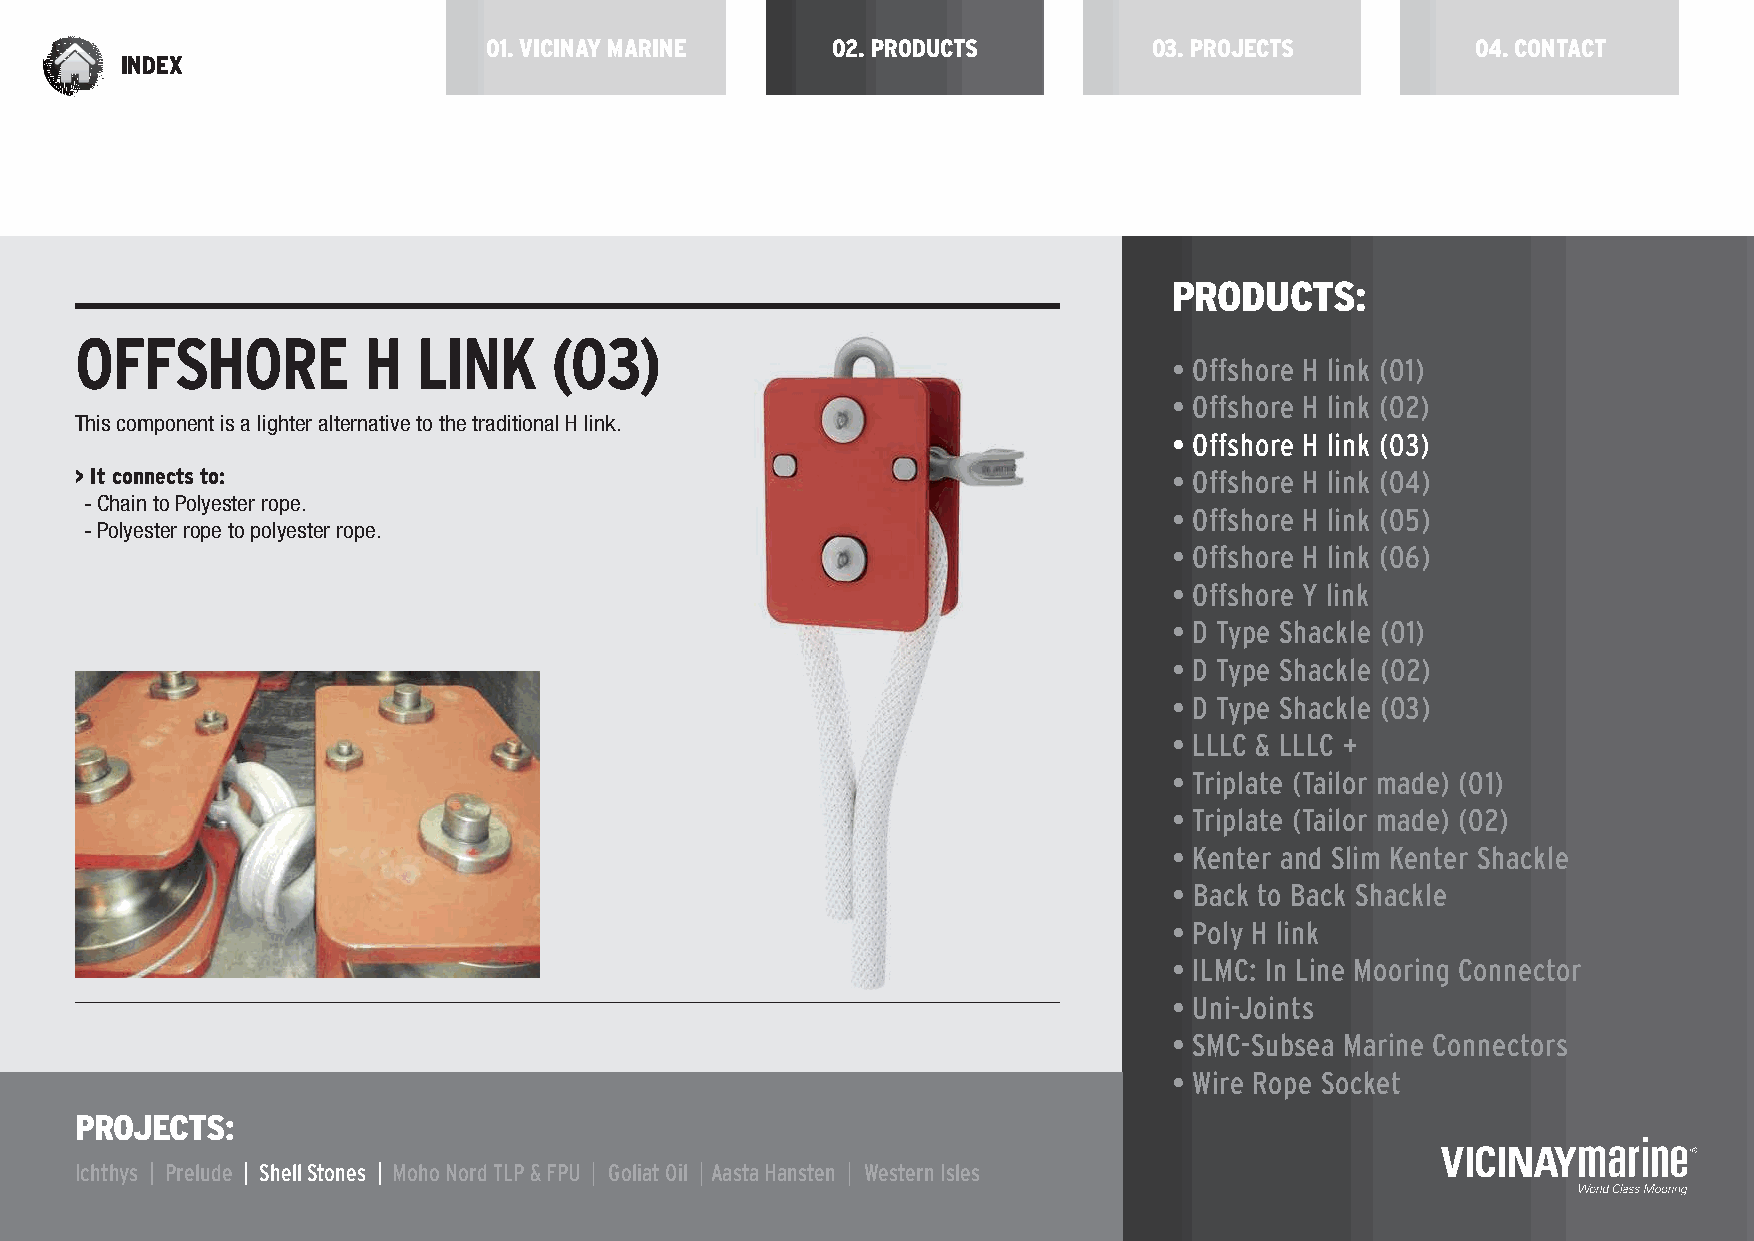
01. VICINAY MARINE     02. PRODUCTS         03. PROJECTS          04. CONTACT
 INDEX
 PRODUCTS:
 OFFSHORE           H   LINK    (03)
 • Offshore H link (01)
 • Offshore H link (02)
 This component is a lighter alternative to the traditional H link.
 • Offshore H link (03)
 > It connects to:                                                        • Offshore H link (04)
 - Chain to Polyester rope.
 • Offshore H link (05)
 - Polyester rope to polyester rope.
 • Offshore H link (06)
 • Offshore Y link
 • D Type Shackle (01)
 • D Type Shackle (02)
 • D Type Shackle (03)
 • LLLC & LLLC +
 • Triplate (Tailor made) (01)
 • Triplate (Tailor made) (02)
 • Kenter and Slim Kenter Shackle
 • Back to Back Shackle
 • Poly H link
 • ILMC: In Line Mooring Connector
 • Uni-Joints
 • SMC-Subsea Marine Connectors
 • Wire Rope Socket
 PROJECTS:
 Ichthys | Prelude | Shell Stones | Moho Nord TLP & FPU | Goliat Oil | Aasta Hansten | Western Isles